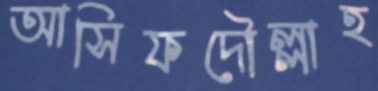
আসিফদৌল্লাহ